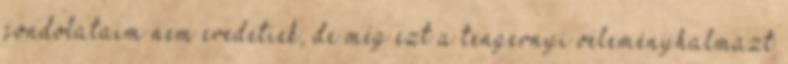
gondolataim nem eredetiek, de még ezt a tengernyi véleményhalmazt